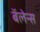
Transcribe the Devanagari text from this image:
बॅलेन्स